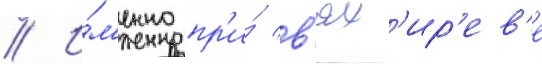
// И́м'енно пр'и́ в'ях'ир'ев'е